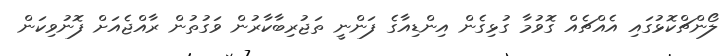
ލޯންޗްކޮޅުގައި އެއްޗެއް ގޮވުމާ ގުޅިގެން އިންޑިއާގެ ފަންނީ ތަޖުރިބާކާރުން ވަގުތުން ރާއްޖެއަށް ފޮނުވިކަން